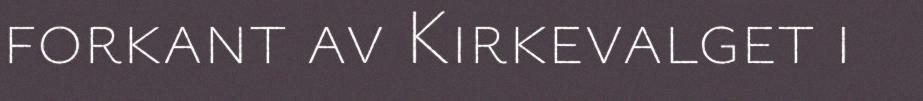
forkant av Kirkevalget i